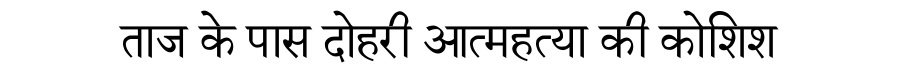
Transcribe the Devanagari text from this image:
ताज के पास दोहरी आत्महत्या की कोशिश